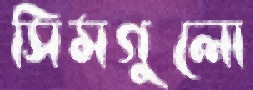
সিমগুলো